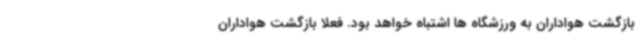
بازگشت هواداران به ورزشگاه ها اشتباه خواهد بود. فعلا بازگشت هواداران